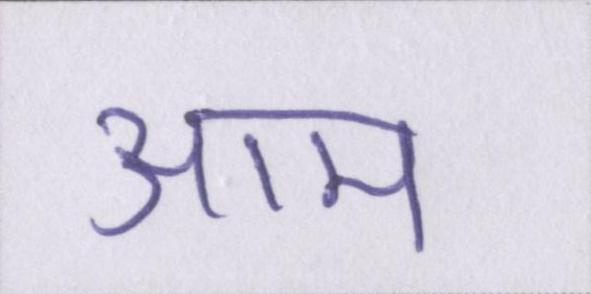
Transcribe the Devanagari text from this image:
आम